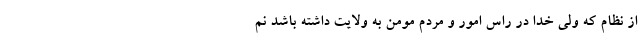
از نظام که ولی خدا در راس امور و مردم مومن به ولایت داشته باشد نم